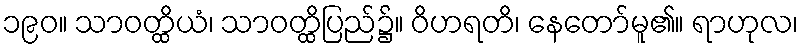
၁၉၀။ သာဝတ္ထိယံ၊ သာဝတ္ထိပြည်၌။ ဝိဟရတိ၊ နေတော်မူ၏။ ရာဟုလ၊